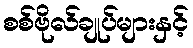
စစ်ဗိုလ်ချုပ်များနှင့်